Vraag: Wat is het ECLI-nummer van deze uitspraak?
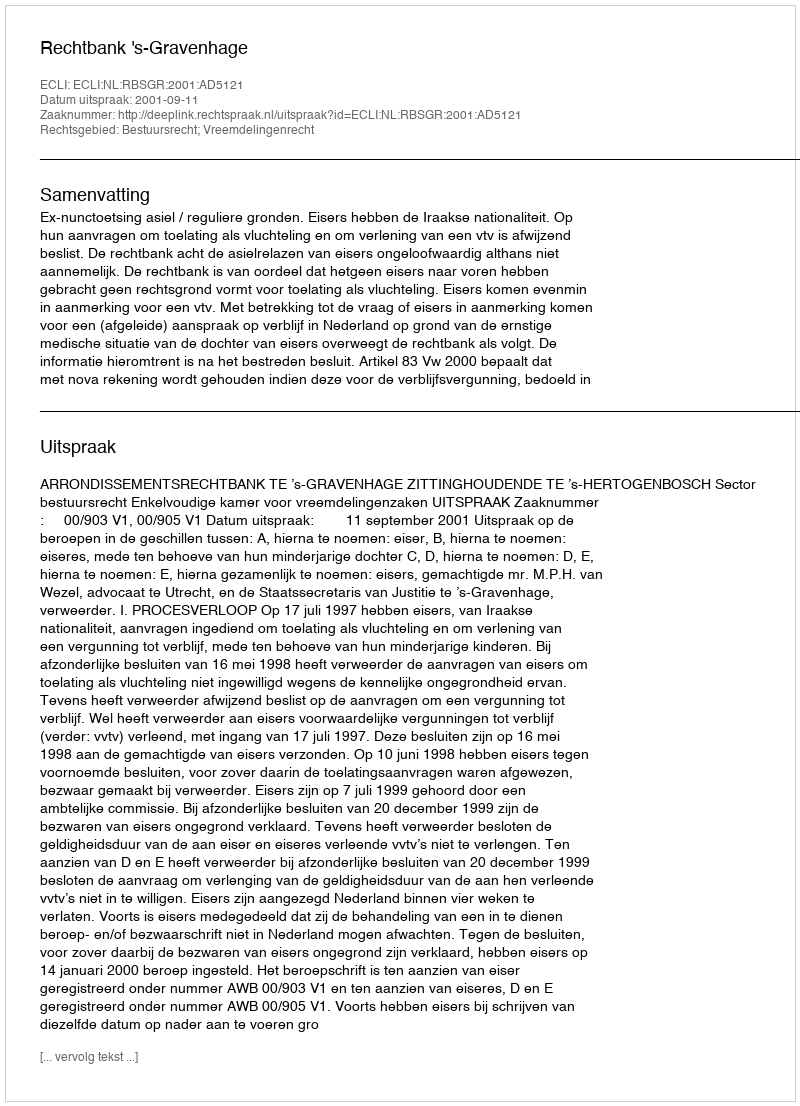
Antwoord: ECLI:NL:RBSGR:2001:AD5121